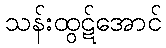
သန်းထွဋ်အောင်